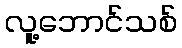
လူ့ဘောင်သစ်